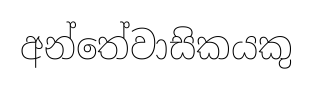
අන්තේවාසිකයකු